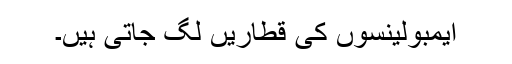
ایمبولینسوں کی قطاریں لگ جاتی ہیں۔